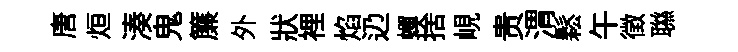
唐烜湊鬼簾外狀裡焰辸蟬捨峴贵渭鬆午徴聮